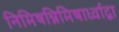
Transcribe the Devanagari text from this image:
निमिषन्निमिषार्ध्वाद्वा